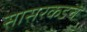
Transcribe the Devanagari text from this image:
सासरकडचे